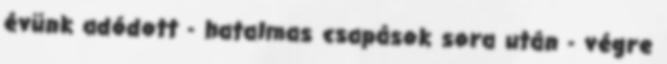
évünk adódott - hatalmas csapások sora után - végre